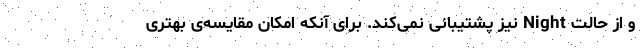
و از حالت Night نیز پشتیبانی نمی‌کند. برای آنکه امکان مقایسه‌ی بهتری